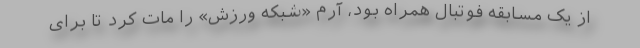
از یک مسابقه فوتبال همراه بود، آرم «شبکه ورزش» را مات کرد تا برای